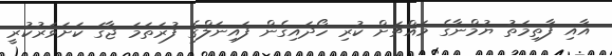
އާއި ފާތިމަތު ޔުމްނާގެ މައްޗަށް ކުރި ހޯދައިގެން ފައިނަލްގެ ފުރަތަމަ ޖާގަ ކަށަވަރުކުރީ